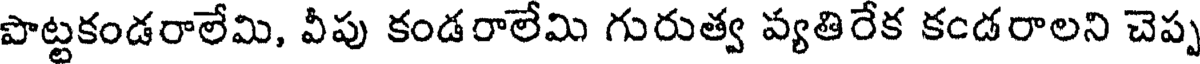
పొట్టకండరాలేమి, వీపు కండరాలేమి గురుత్వ వ్యతిరేక కండరాలని చెప్ప